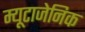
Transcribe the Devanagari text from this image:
म्यूटाजेनिक